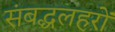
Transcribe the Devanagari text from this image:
संबद्धलहरों